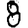
Digit: 8